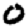
Digit: 0